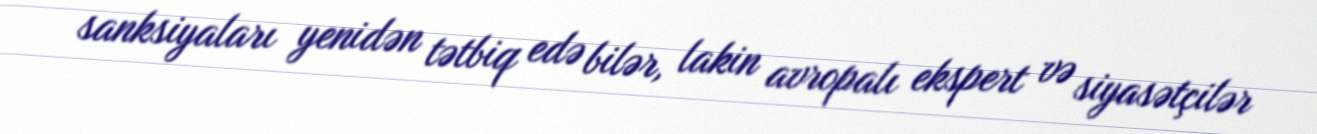
sanksiyaları yenidən tətbiq edə bilər, lakin avropalı ekspert və siyasətçilər